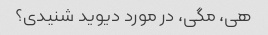
هی، مگی، در مورد دیوید شنیدی؟